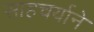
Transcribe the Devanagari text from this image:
साहचर्याने